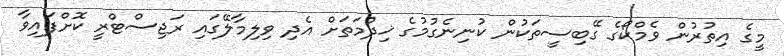
މީގެ އިތުރުން ވެމްކޯގެ ގޭބިސީތަކުން ކުނިނެގުމުގެ ޚިދުމަތަށް އެދި ވިލިމާލޭގައި ރަޖިސްޓްރީ ކޮށްފައިވާ